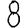
Digit: 8